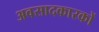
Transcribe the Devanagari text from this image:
अवसादकारकों